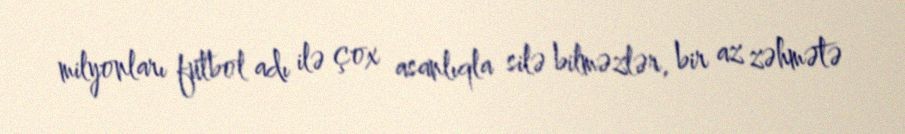
milyonları futbol adı ilə çox asanlıqla silə bilməzlər, bir az zəhmətə